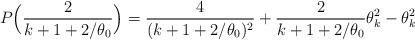
LaTeX: \begin{align*}P\Big(\frac{2}{k+1+2/\theta_0}\Big) = \frac{4}{(k+1+2/\theta_0)^2} + \frac{2}{k+1+2/\theta_0}\theta_k^2 - \theta_k^2\end{align*}